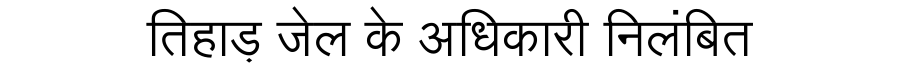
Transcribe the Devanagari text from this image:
तिहाड़ जेल के अधिकारी निलंबित